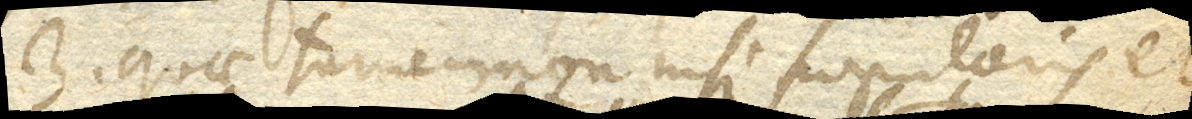
3. quae tamen non nisi popularis et